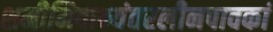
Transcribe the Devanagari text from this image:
शमीमिवाभ्यंतरलीनपावकां